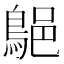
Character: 𪁗